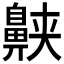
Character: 𱌕